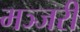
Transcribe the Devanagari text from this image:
मञ्जरी